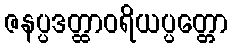
ဇနပ္ပဒတ္ထာဝရိယပ္ပတ္တော